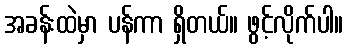
အခန်းထဲမှာ ပန်ကာ ရှိတယ်။ ဖွင့်လိုက်ပါ။